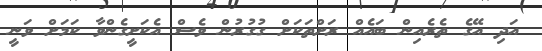
އަދި އޭގެ ތެރެއިން ބައެއް ރަށްތަކަށް ގުގުރުން ވެސް އެކަށީގެންވާ ކަމަށް ވަނީ